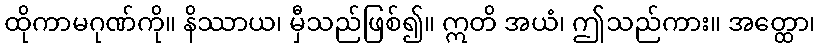
ထိုကာမဂုဏ်ကို။ နိဿာယ၊ မှီသည်ဖြစ်၍။ ဣတိ အယံ၊ ဤသည်ကား။ အတ္ထော၊